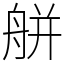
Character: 䑫